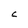
Character: C